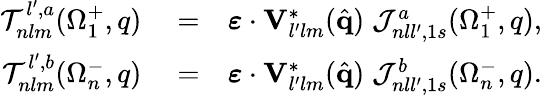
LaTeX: \begin{array}{rlr}{{\cal T}_{nlm}^{l^{\prime},a}(\Omega_{1}^{+},q)}&{{}=}&{\boldsymbol{\varepsilon}\cdot\mathbf{V}_{l^{\prime}lm}^{*}(\hat{\mathbf{q}})\; {\cal J}_{nll^{\prime},1s}^{a}(\Omega_{1}^{+},q),}\\ {{\cal T}_{nlm}^{l^{\prime},b}(\Omega_{n}^{-},q)}&{{}=}&{\boldsymbol{\varepsilon}\cdot\mathbf{V}_{l^{\prime}lm}^{*}(\hat{\mathbf{q}})\; {\cal J}_{nll^{\prime},1s}^{b}(\Omega_{n}^{-},q).}\end{array}